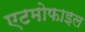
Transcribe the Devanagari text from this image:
एटमोफाइल